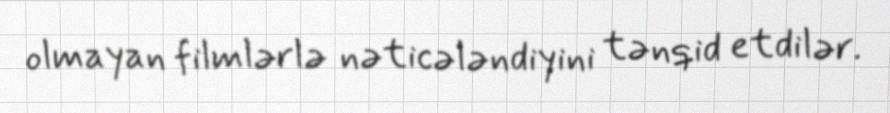
olmayan filmlərlə nəticələndiyini tənqid etdilər.